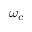
\omega _ { c }